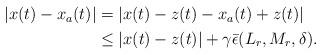
LaTeX: \begin{align*} \begin{aligned}|x(t)-x_a(t)|&=|x(t)-z(t)-x_a(t)+z(t)| \\ & \leq |x(t)-z(t)| +\gamma \bar \epsilon(L_r,M_r, \delta).\end{aligned}\end{align*}